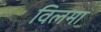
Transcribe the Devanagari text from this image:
विलमा